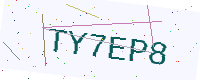
Text: TY7EP8